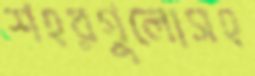
শহরগুলোসহ